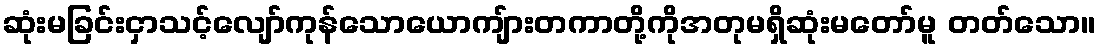
ဆုံးမခြင်းငှာသင့်လျော်ကုန်သောယောကျ်ားတကာတို့ကိုအတုမရှိဆုံးမတော်မူ တတ်သော။